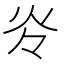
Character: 𰝹